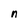
Character: n